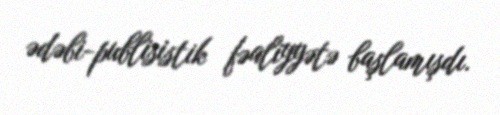
ədəbi-publisistik fəaliyyətə başlamışdı.